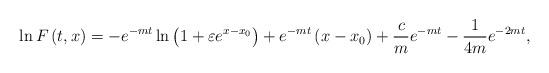
LaTeX: \begin{align*}\ln F\left( t,x\right) =-e^{-mt}\ln \left( 1+\varepsilon e^{x-x_{0}}\right)+e^{-mt}\left( x-x_{0}\right) +\frac{c}{m}e^{-mt}-\frac{1}{4m}e^{-2mt},\end{align*}